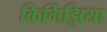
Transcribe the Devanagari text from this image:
किर्गिझिया